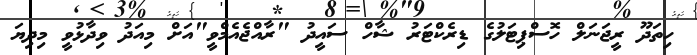
ހިތަދޫ ރީޖަނަލް ހޮސްޕިޓަލުގެ ޑިރެކްޓަރު ޝާހް ސައީދު "ރާއްޖެއެމްވީ"އަށް މިއަދު ވިދާޅުވީ މިދިޔަ